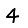
Digit: 4